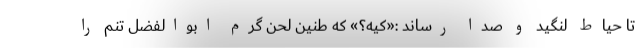
تا حیاط لنگید و صدا رساند :«کیه؟» که طنین لحن گرم ابوالفضل تنم را